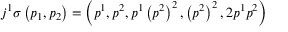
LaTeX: j ^ { 1 } \sigma \left( p _ { 1 } , p _ { 2 } \right) = \left( p ^ { 1 } , p ^ { 2 } , p ^ { 1 } \left( p ^ { 2 } \right) ^ { 2 } , \left( p ^ { 2 } \right) ^ { 2 } , 2 p ^ { 1 } p ^ { 2 } \right)